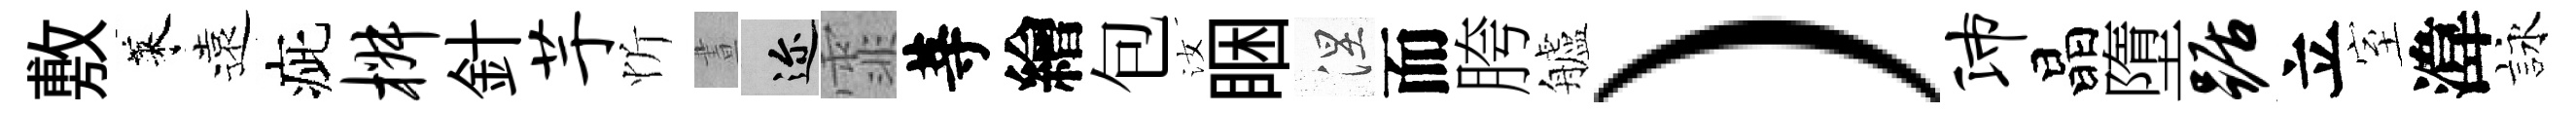
敷萊遠疵椒針芋忻晝邇霏䓁繪包汝睏涅而胯艫）沛晶墮踞立室湋詠